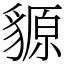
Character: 䝠